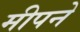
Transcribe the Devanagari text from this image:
मीपने